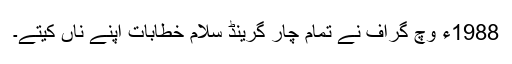
1988ء وچ گراف نے تمام چار گرینڈ سلام خطابات اپنے ناں کیتے۔